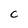
Character: a